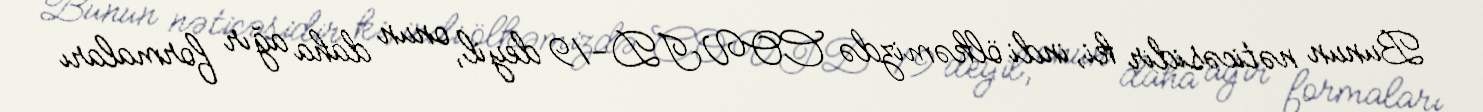
Bunun nəticəsidir ki, indi ölkəmizdə COVID-19 deyil, onun daha ağır formaları